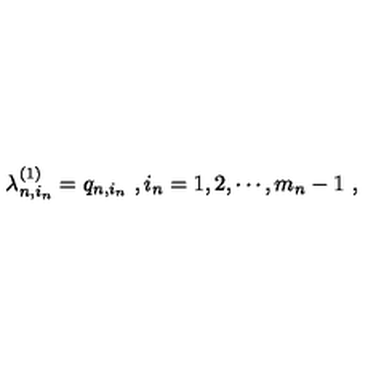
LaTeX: \lambda _ { n , i _ { n } } ^ { ( 1 ) } = q _ { n , i _ { n } } \ , i _ { n } = 1 , 2 , \cdots , m _ { n } - 1 \ ,